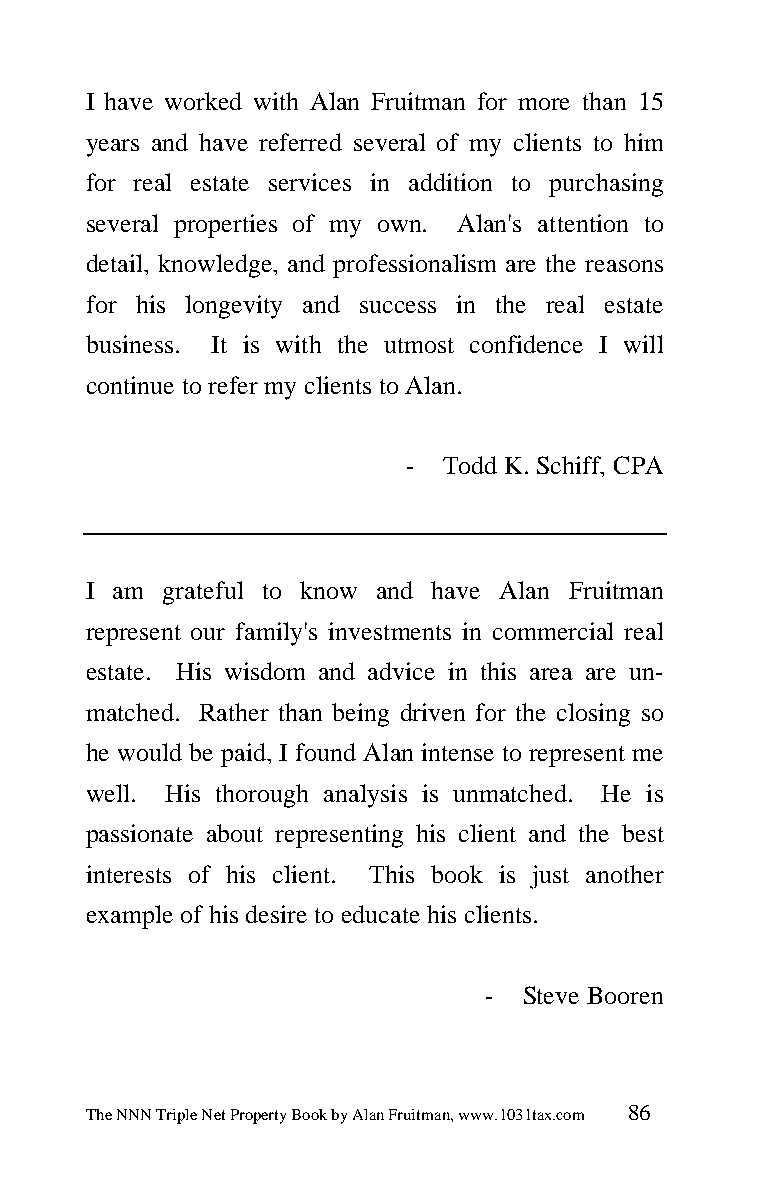
I have worked with Alan Fruitman for more than 15
 years and have referred several of my clients to him
 for real estate services in addition to purchasing
 several properties of my own. Alan's attention to
 detail, knowledge, and professionalism are the reasons
 for his longevity and success in the real estate
 business. It is with the utmost confidence I will
 continue to refer my clients to Alan.
 -  Todd K. Schiff, CPA
 I am grateful to know and have Alan Fruitman
 represent our family's investments in commercial real
 estate. His wisdom and advice in this area are un-
 matched. Rather than being driven for the closing so
 he would be paid, I found Alan intense to represent me
 well. His thorough analysis is unmatched. He is
 passionate about representing his client and the best
 interests of his client. This book is just another
 example of his desire to educate his clients.
 -  Steve Booren
 The NNN Triple Net Property Book by Alan Fruitman, www.1031tax.com 86